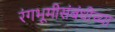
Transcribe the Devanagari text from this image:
रंगभूमीसंबंधीच्या